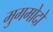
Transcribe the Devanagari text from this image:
मुगमोदो